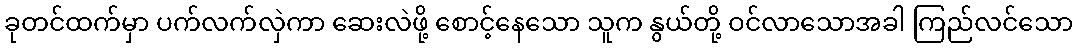
ခုတင်ထက်မှာ ပက်လက်လှဲကာ ဆေးလဲဖို့ စောင့်နေသော သူက နွယ်တို့ ဝင်လာသောအခါ ကြည်လင်သော